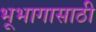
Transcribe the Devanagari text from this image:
भूभागासाठी